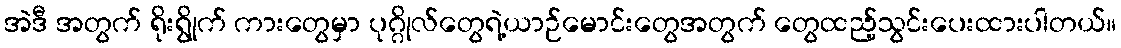
အဲဒီ အတွက် ရိုးရွိုက် ကားတွေမှာ ပုဂ္ဂိုလ်တွေရဲ့ယာဉ်မောင်းတွေအတွက် တွေထည့်သွင်းပေးထားပါတယ်။